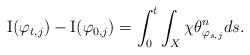
LaTeX: \begin{align*}{\rm I}(\varphi_{t,j})-{\rm I}(\varphi_{0,j}) =\int_{0}^t \int_X \chi \theta_{\varphi_{s,j}}^n ds. \end{align*}